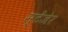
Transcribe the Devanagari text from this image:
स्टेंजेर